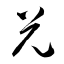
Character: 兌